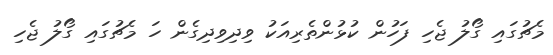
މެޗުގައި ގޯލު ޖެހި ފަހުން ކުޅުންތެރިއަކު ވިދިވިދިގެން ހަ މެޗުގައި ގޯލު ޖެހި